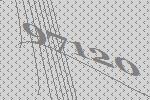
97120